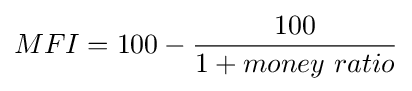
MFI=100-{100 \over 1+money\ ratio}